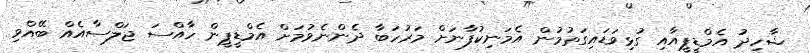
ޝާހިދު އެމްޑީޕީއާއި ގުޅިވަޑައިގަތުމުން އެމަނިކުފާނަށް މަރުހަބާ ދެންނެވުމަށް އެމްޑީޕީން ހާއްސަ ޖަލްސާއެއް ބޭއްވި